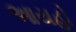
આયહો